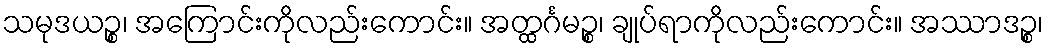
သမုဒယဉ္စ၊ အကြောင်းကိုလည်းကောင်း။ အတ္ထင်္ဂမဉ္စ၊ ချုပ်ရာကိုလည်းကောင်း။ အဿာဒဉ္စ၊